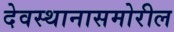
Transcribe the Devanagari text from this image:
देवस्थानासमोरील